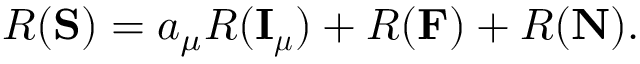
R ( { \bf S } ) = a _ { \mu } R ( { \bf I _ { \boldsymbol \mu } } ) + R ( { \bf F } ) + R ( { \bf N } ) .